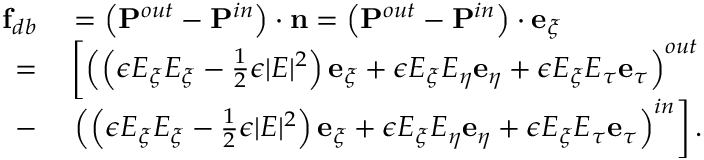
\begin{array} { r l } { \mathbf { f } _ { d b } } & { { } = \left( \mathbf { P } ^ { o u t } - \mathbf { P } ^ { i n } \right) \cdot \mathbf { n } = \left( \mathbf { P } ^ { o u t } - \mathbf { P } ^ { i n } \right) \cdot \mathbf { e } _ { \xi } } \\ { = } & { { } \left[ \left( \left( \epsilon E _ { \xi } E _ { \xi } - \frac { 1 } { 2 } \epsilon | E | ^ { 2 } \right) \mathbf { e } _ { \xi } + \epsilon E _ { \xi } E _ { \eta } \mathbf { e } _ { \eta } + \epsilon E _ { \xi } E _ { \tau } \mathbf { e } _ { \tau } \right) ^ { o u t } \right. } \\ { - } & { { } \left. \left( \left( \epsilon E _ { \xi } E _ { \xi } - \frac { 1 } { 2 } \epsilon | E | ^ { 2 } \right) \mathbf { e } _ { \xi } + \epsilon E _ { \xi } E _ { \eta } \mathbf { e } _ { \eta } + \epsilon E _ { \xi } E _ { \tau } \mathbf { e } _ { \tau } \right) ^ { i n } \right] . } \end{array}